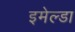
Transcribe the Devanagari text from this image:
इमेल्डा